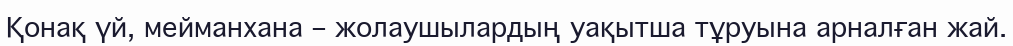
Қонақ үй, мейманхана – жолаушылардың уақытша тұруына арналған жай.